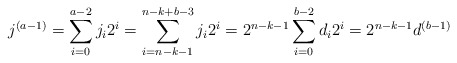
\begin{align*}j^{(a - 1)} =\sum_{i = 0}^{a - 2} j_i2^i = \sum_{i = n - k - 1}^{n - k + b - 3} j_i2^i = 2^{n - k - 1}\sum_{i = 0}^{b - 2} d_i2^i = 2^{n - k - 1}d^{(b - 1)}\end{align*}